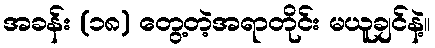
အခန်း (၁၈) တွေ့တဲ့အရာတိုင်း မယူချင်နဲ့။